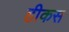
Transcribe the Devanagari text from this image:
हीकस